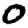
Digit: 0